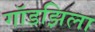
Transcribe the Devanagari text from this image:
गॉडझिला